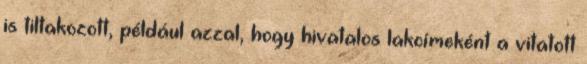
is tiltakozott, például azzal, hogy hivatalos lakcímeként a vitatott